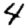
Digit: 4